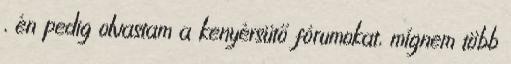
, én pedig olvastam a kenyérsütő fórumokat, mígnem több